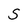
Character: S